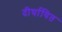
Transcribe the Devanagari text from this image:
दीर्घायित